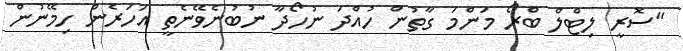
"ސޮރީ ލިޓްލް ބްރޯ މަންމަ ގާތުން ހުއްދަ ނުހޯދާ ނުބުނެވޭނެތީ އަހަރެން ހިމޭނުން